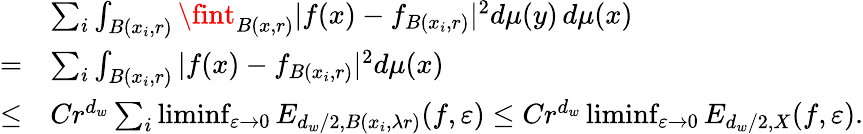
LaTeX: \begin{array}{rl}&{\sum_{i}\int_{B(x_{i},r)}\fint_{B(x,r)}|f(x)-f_{B(x_{i},r)}|^{2}d\mu(y)\, d\mu(x)}\\ {=}&{\sum_{i}\int_{B(x_{i},r)}|f(x)-f_{B(x_{i},r)}|^{2}d\mu(x)}\\ {\le}&{Cr^{d_{w}}\sum_{i}\operatorname*{liminf}_{\varepsilon\to 0}E_{d_{w}/2,B(x_{i},\lambda r)}(f,\varepsilon)\le Cr^{d_{w}}\operatorname*{liminf}_{\varepsilon\to 0}E_{d_{w}/2,X}(f,\varepsilon).}\end{array}